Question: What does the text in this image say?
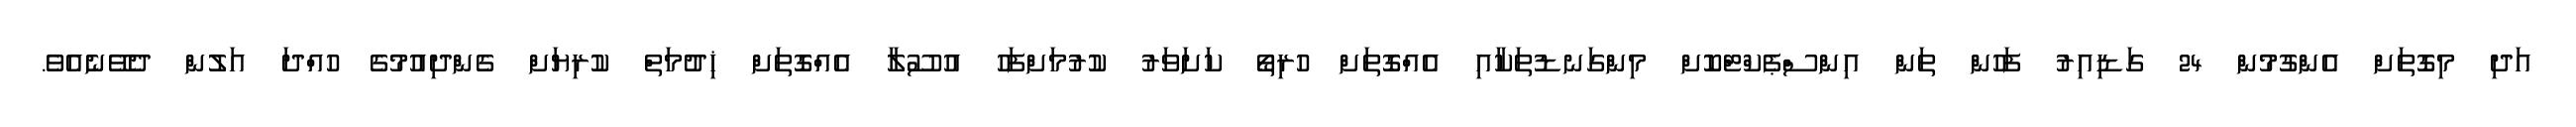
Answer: އަދި މިގޮތަށް އެންގުމުން 24 ގަޑިއިރު ފަހުން ތަން އިންސްޕެކްޓްކޮށް މިންގަނޑުތަކާއި އެއްގޮތަށް ހުރިތޯ ކަށަވަރު ކުރުމަށްފަހު އުސޫލާ އެއްގޮތަށް ޚިދުމަތް ކުރިޔަށް ގެންދިއުމުގެ ހުއްދަ އަލުން ދެވޭނެއެވެ.